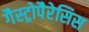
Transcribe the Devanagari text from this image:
गैस्ट्रोपैरेसिस